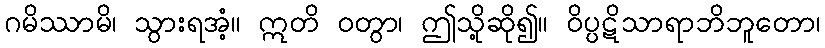
ဂမိဿာမိ၊ သွားရအံ့။ ဣတိ ဝတွာ၊ ဤသို့ဆို၍။ ဝိပ္ပဋိသာရာဘိဘူတော၊